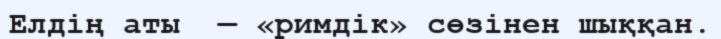
Елдің аты  — «римдiк» сөзінен шыққан.